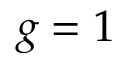
g = 1